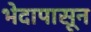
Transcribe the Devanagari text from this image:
भेदापासून